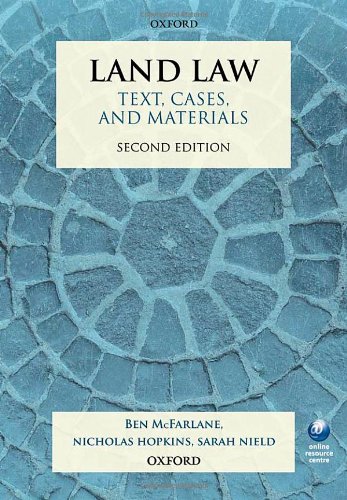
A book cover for Land Law: Text, Cases, and Materials; Ben McFarlane; Law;